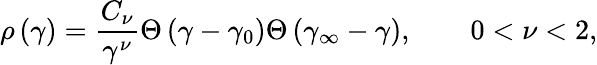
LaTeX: \rho\left(\gamma\right)=\frac{C_{\nu}}{\gamma^{\nu}}\Theta\left(\gamma-\gamma_{0}\right)\Theta\left(\gamma_{\infty}-\gamma\right),\qquad 0<\nu<2,